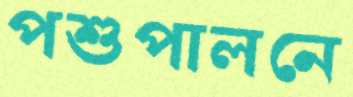
পশুপালনে